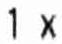
1 X